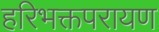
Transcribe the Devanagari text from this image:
हरिभक्तपरायण